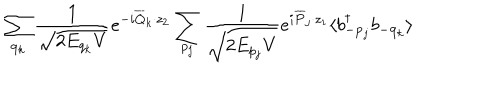
\sum _ { { \bf q } _ { k } } \frac { 1 } { \sqrt { 2 E _ { q _ { k } } V } } e ^ { - i \overline { { { Q } } } _ { k } \cdot z _ { 2 } } \sum _ { p _ { j } } \frac { 1 } { \sqrt { 2 E _ { p _ { j } } V } } e ^ { i \overline { { { P } } } _ { j } \cdot z _ { 1 } } \langle b _ { - { \bf p } _ { j } } ^ { \dagger } b _ { - { \bf q } _ { k } } \rangle